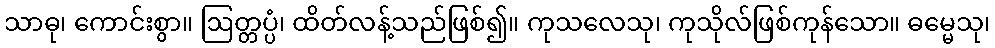
သာဓု၊ ကောင်းစွာ။ ဩတ္တပ္ပံ၊ ထိတ်လန့်သည်ဖြစ်၍။ ကုသလေသု၊ ကုသိုလ်ဖြစ်ကုန်သော။ ဓမ္မေသု၊